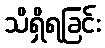
သိရှိရခြင်း